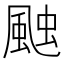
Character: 𮨩